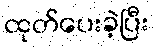
ထုတ်ပေးခဲ့ပြီး